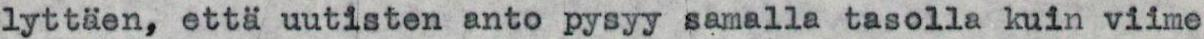
lyttäen, että uutisten anto pysyy samalla tasolla kuin viime